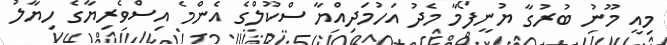
މިއީ މޫނު ބުރުގާ ޔުނީފޯމާ މެދު އަހުމަދިއްޔާ ސްކޫލްގެ އެންމެ އިސްވެރިޔާގެ ހިޔާލު